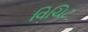
વિચિટ